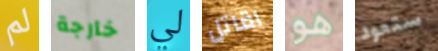
لم خارجة لي اقاتل هو ستعود